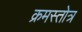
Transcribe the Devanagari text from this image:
क्रमस्तोत्र